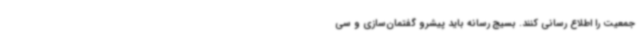
جمعیت را اطلاع رسانی کنند. بسیج رسانه باید پیشرو گفتمان‌سازی و سی